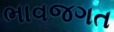
ભાવજગત